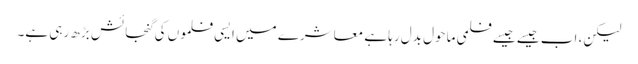
لیکن، اب جیسے جیسے فلمی ماحول بدل رہا ہے معاشرے میں ایسی فلموں کی گنجائش بڑھ رہی ہے۔